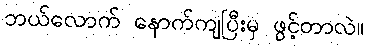
ဘယ်လောက် နောက်ကျပြီးမှ ဖွင့်တာလဲ။